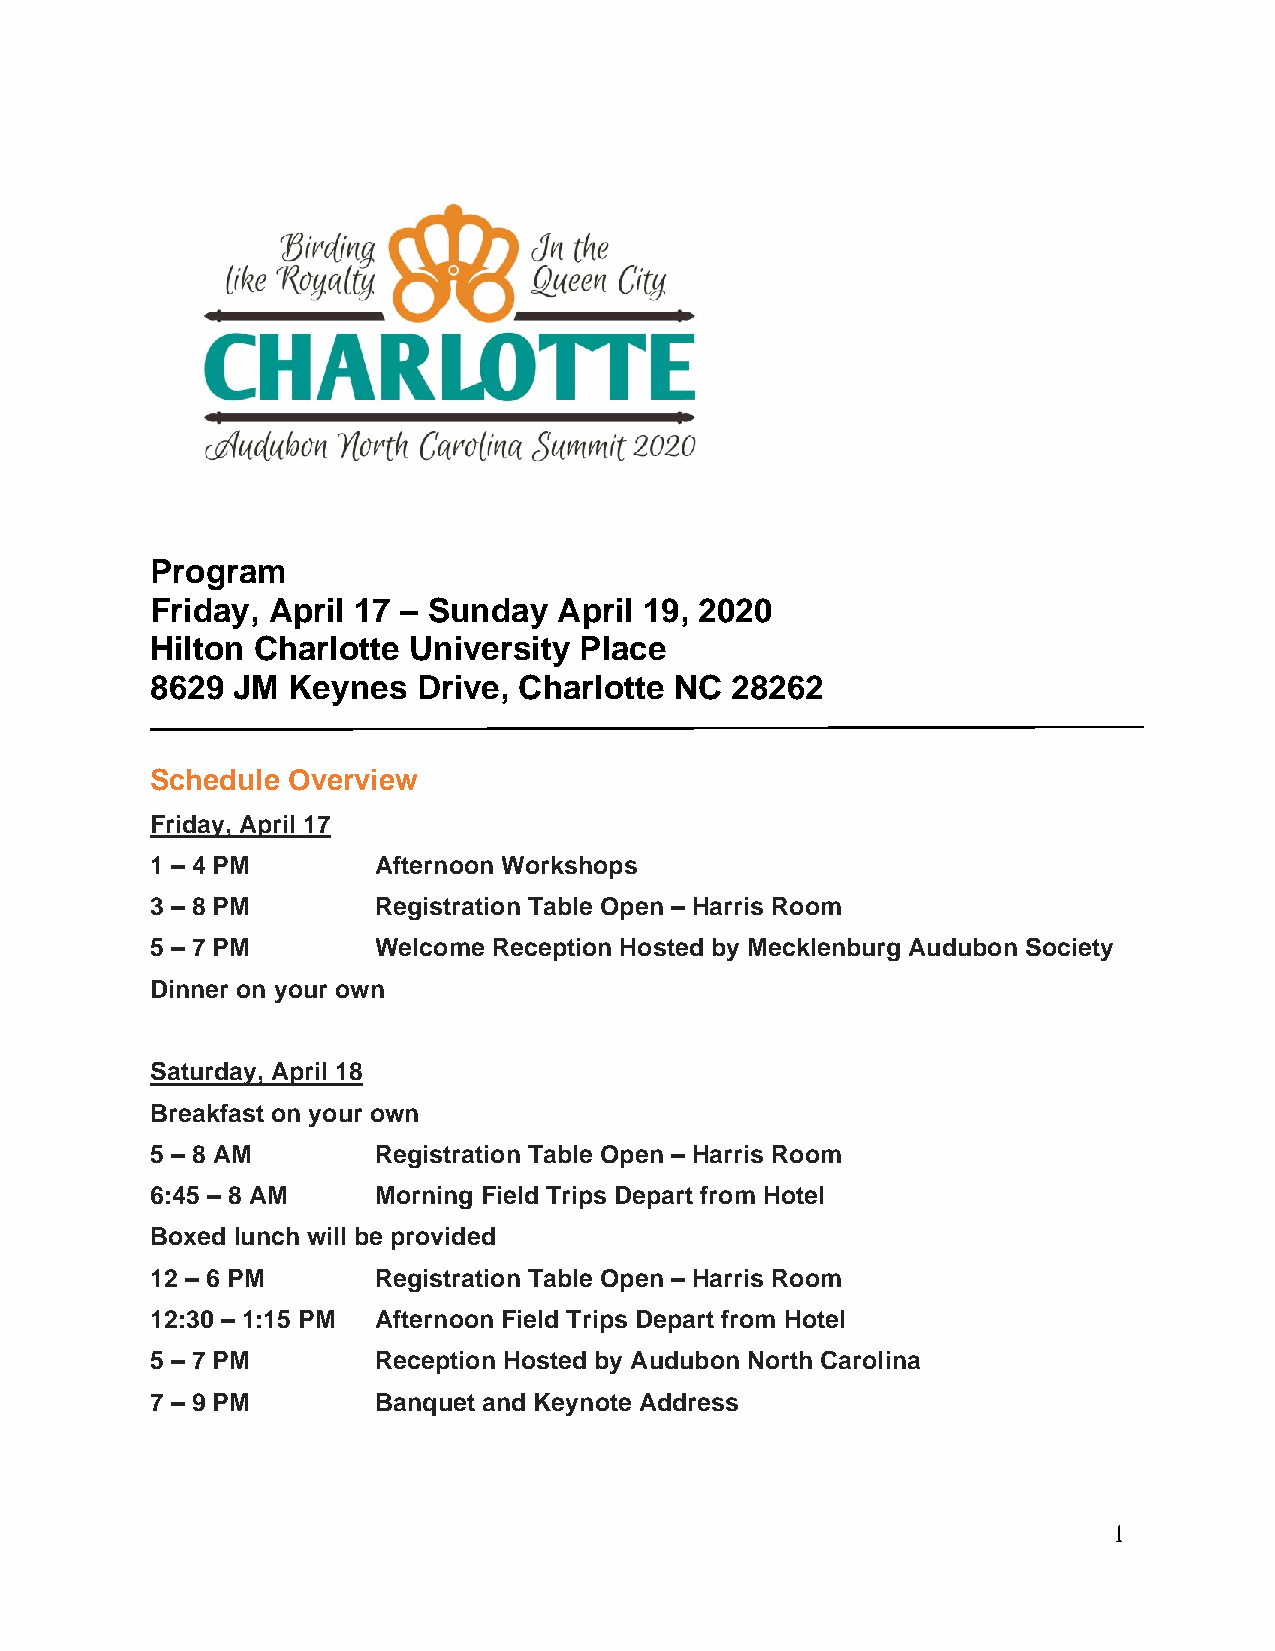
Program
 Friday, April 17 – Sunday  April 19, 2020
 Hilton Charlotte University Place
 8629 JM  Keynes   Drive, Charlotte NC 28262
 Schedule Overview
 Friday, April 17
 1 – 4 PM       Afternoon Workshops
 3 – 8 PM       Registration Table Open – Harris Room
 5 – 7 PM       Welcome Reception Hosted by Mecklenburg Audubon Society
 Dinner on your own
 Saturday, April 18
 Breakfast on your own
 5 – 8 AM       Registration Table Open – Harris Room
 6:45 – 8 AM    Morning Field Trips Depart from Hotel
 Boxed lunch will be provided
 12 – 6 PM      Registration Table Open – Harris Room
 12:30 – 1:15 PM Afternoon Field Trips Depart from Hotel
 5 – 7 PM       Reception Hosted by Audubon North Carolina
 7 – 9 PM       Banquet and Keynote Address
 1